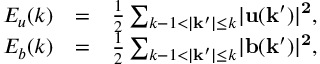
\begin{array} { r l r } { E _ { u } ( k ) } & { = } & { \frac { 1 } { 2 } \sum _ { k - 1 < \lvert \mathbf { k ^ { \prime } } \rvert \leq k } \lvert \bf { u } ( \bf { k ^ { \prime } } ) \rvert ^ { 2 } , } \\ { E _ { b } ( k ) } & { = } & { \frac { 1 } { 2 } \sum _ { k - 1 < \lvert \mathbf { k ^ { \prime } } \rvert \leq k } \lvert \bf { b } ( \bf { k ^ { \prime } } ) \rvert ^ { 2 } , } \end{array}